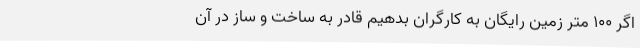
اگر 100 متر زمین رایگان به کارگران بدهیم قادر به ساخت و ساز در آن